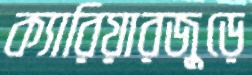
ক্যারিয়ারজুড়ে